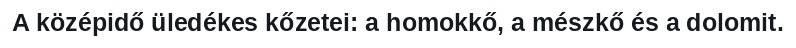
A középidő üledékes kőzetei: a homokkő, a mészkő és a dolomit.